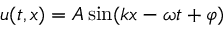
u ( t , x ) = A \sin ( k x - \omega t + \varphi )